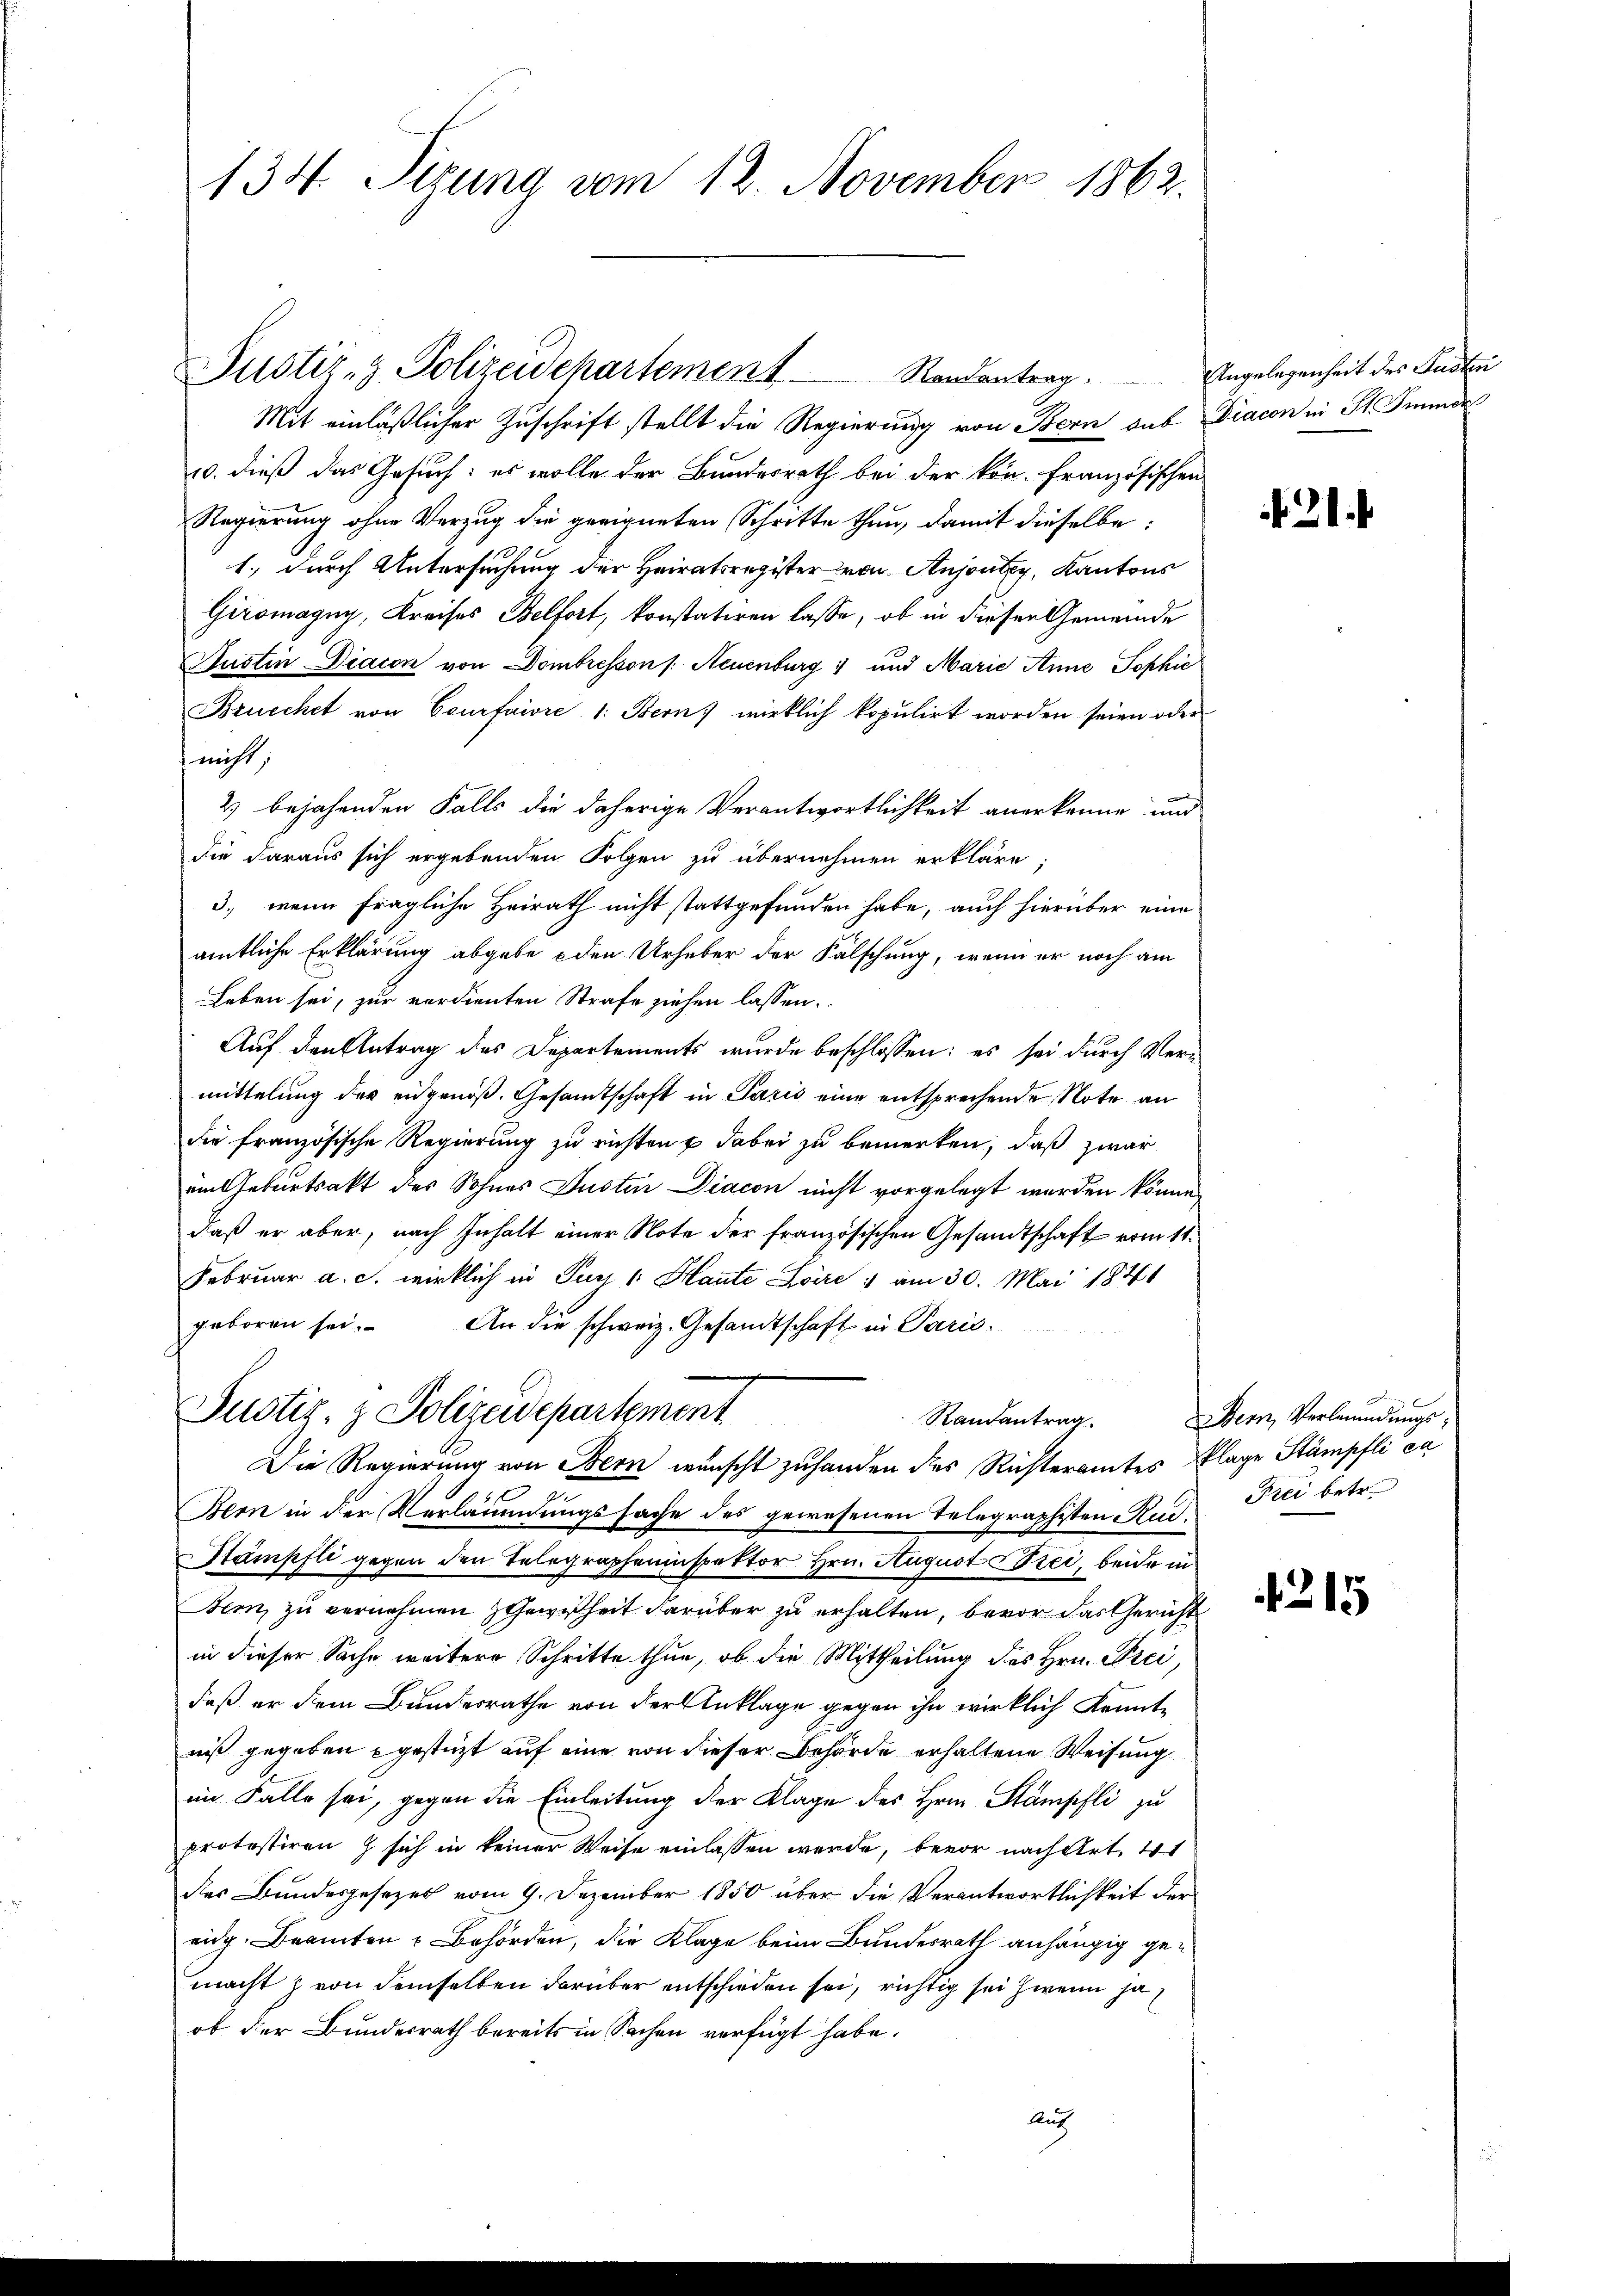
134. Sizung vom 12. November 1862.

Justiz- & Polizeidchartement             Randentrag.
Mit einläßlicher Zuschrift stellt die Regierung von Bern aus Diacon in St. Gener
10. dieß das Gesuch: es wolle der Bundesrath bei der kön. Französischen
Regierung ohne Verzug die geeigneten Schritte thun, damit dieselbe:
1., durch Untersuchung der Heiratsregister von Anjontey, Kantons
Giromagny, Kreises Belfort, konstatiren lasse, ob in dieser Gemeinde
Justin Diacon von Dombresson (: Neuenburg) und Marie Anne Sophie
Bruechet von Courfaivre 1: Bern) wirklich kopulirt worden seien oder
 nicht
2) bejahenden Falls die daherige Verantwortlichkeit anerkenne und
die daraus sich ergebenden Folgen zu übernehmen erkläre;
3., wenn fragliche Heirath nicht stattgefunden habe, auch hierüber eine
amtliche Erklärung abgebe den Urheber der Fälschung, wenn er noch am
Leben sei, zur verdienten Strafe ziehen lassen.
Auf den Antrag des Departements wurde beschlossen: es sei durch Vermittelung der eidgenoß. Gesamtschaft in Paris eine entsprechende Note an
die französische Regierung zu richten & dabei zu bemerken, daß zwar
ein Geburtsakt des Sohnes Justuer Diacon nicht vorgelegt werden könne,
daß er aber, nach Inhalt einer Note der französischen Gesandtschaft vom 11.
Februar a. c. wirklich in Pust 1 Haute Loire : am 30. Mai 1841
geboren sei. An die schweiz. Gesandtschaft in Paris
Justiz- & Polizeidepartement
Randantrag.
Die Regierung von Bern wünscht zuhanden des Richteramtes Plage Stämpfli ca
Bern in der Verläumdungssache des gewesenen Telegraphisten Rud. Pici betr.
Stämpfli gegen den Telegrapheninspektor Hrn. August Frei, beide in
Bern zu vernehmen Gewißheit darüber zu erhalten, bevor das Gericht
in dieser Sache weitere Schritte thun, ob die Mittheilung des Hrn. Freidaß er dem Bundesrathe von der Anklage gegen ihn wirklich kannte
niß gegeben gestüzt auf eine von dieser Behörde erhaltene Weisung
im Falle sei, gegen die Einleitung der Klage des Hrn. Stampfli zu
protestiren z sich in keiner Weise einlassen werde, bevor nach Art. 41
des Bundesgesezes vom 9. Dezember 1850 über die Verantwortlichkeit der
eidg. Beamten & Behörden, die Klage beim Bundesrath anhängig gemachtz von demselben darüber entschieden sei, richtig sei zwein ha
ob der Bundesrath bereits in Sachen verfügt habe.
Aug

Angelegenheit des Juden

Bern, Verleumdungs¬

315